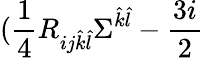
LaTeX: (\frac{1}{4}R_{ij\hat{k}\hat{l}}\Sigma^{\hat{k}\hat{l}}-\frac{3i}{2}